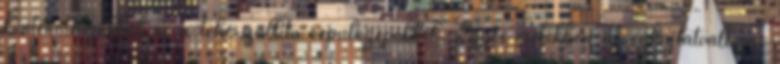
konténerhajókkal és a teherszállító repülőgépekkel. Egyes esetekben az éghajlatváltozás